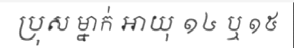
ប្រុស ម្នាក់ អាយុ ១៤ ឬ ១៥